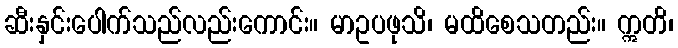
ဆီးနှင်းပေါက်သည်လည်းကောင်း။ မာဥပဖုသိ၊ မထိစေသတည်း။ ဣတိ၊